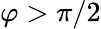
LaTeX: \varphi>\pi/2